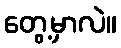
တွေ့မှာလဲ။